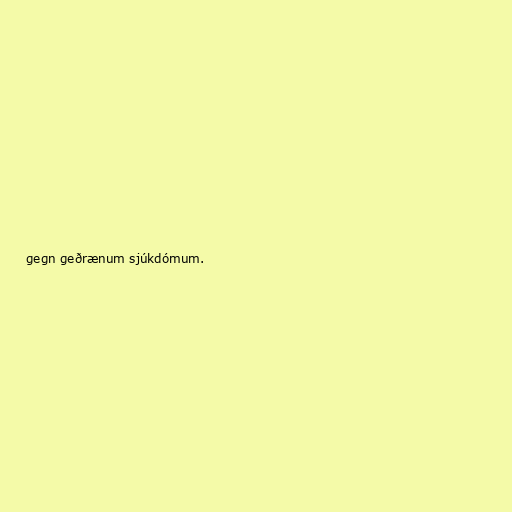
gegn geðrænum sjúkdómum.